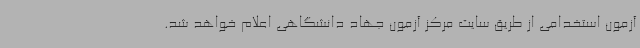
آزمون استخدامی از طریق سایت مرکز آزمون جهاد دانشگاهی اعلام خواهد شد.